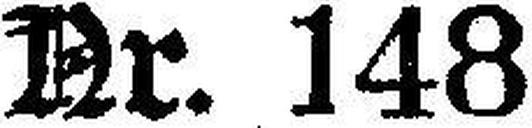
Nr. 148